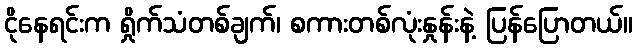
ငိုနေရင်းက ရှိုက်သံတစ်ချက်၊ စကားတစ်လုံးနှုန်းနဲ့ ပြန်ပြောတယ်။